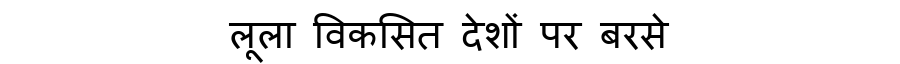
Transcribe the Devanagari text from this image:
लूला विकसित देशों पर बरसे